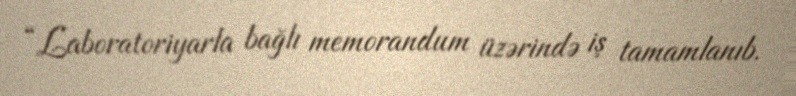
“Laboratoriyarla bağlı memorandum üzərində iş tamamlanıb.